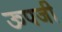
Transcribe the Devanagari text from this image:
ऊपजी